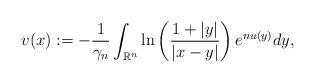
LaTeX: \begin{align*}v(x):=-\frac{1}{\gamma_{n}}\int_{\mathbb{R}^{n}}\ln\left(\frac{1+|y|}{|x-y|}\right)e^{n u(y)}dy,\end{align*}